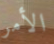
الأمر